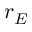
r _ { E }